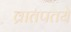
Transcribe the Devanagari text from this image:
व्रातपतये